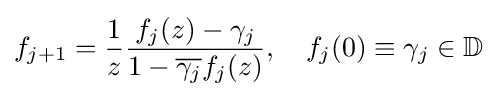
f_{j+1}={\frac {1}{z}}{\frac {f_{j}(z)-\gamma _{j}}{1-{\overline {\gamma _{j}}}f_{j}(z)}},\quad f_{j}(0)\equiv \gamma _{j}\in \mathbb {D}